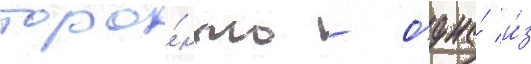
торо́нто - одна́ и́з